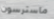
ماسترسون